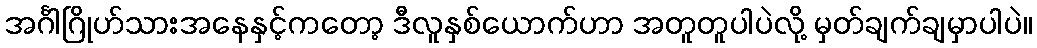
အင်္ဂါဂြိုဟ်သားအနေနှင့်ကတော့ ဒီလူနှစ်ယောက်ဟာ အတူတူပါပဲလို့ မှတ်ချက်ချမှာပါပဲ။